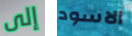
إلى الاسود